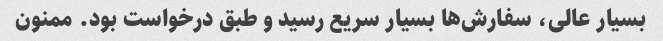
بسیار عالی، سفارش‌ها بسیار سریع رسید و طبق درخواست بود. ممنون